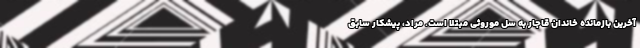
آخرين بازمانده خاندان قاجار به سل موروثي مبتلا است. مراد، پيشکار سابق